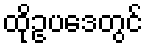
ထိုဥပဒေတွင်